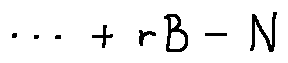
\cdots + r B - N